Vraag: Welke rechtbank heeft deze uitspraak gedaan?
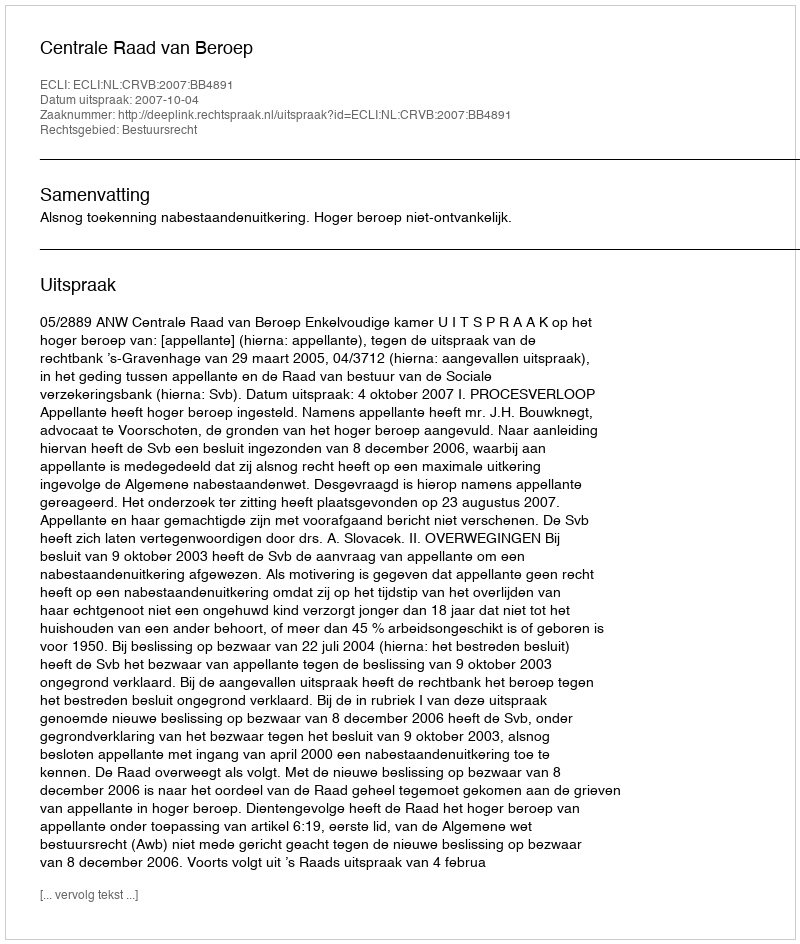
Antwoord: Centrale Raad van Beroep